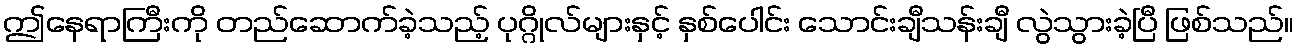
ဤနေရာကြီးကို တည်ဆောက်ခဲ့သည့် ပုဂ္ဂိုလ်များနှင့် နှစ်ပေါင်း သောင်းချီသန်းချီ လွဲသွားခဲ့ပြီ ဖြစ်သည်။